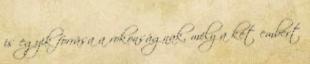
is egyik forrása a rokonságnak, mely a két embert